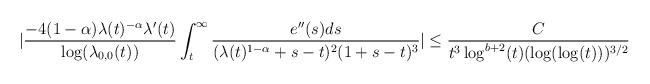
LaTeX: \begin{align*} |\frac{-4(1-\alpha) \lambda(t)^{-\alpha} \lambda'(t)}{\log(\lambda_{0,0}(t))} \int_{t}^{\infty} \frac{e''(s) ds}{(\lambda(t)^{1-\alpha}+s-t)^{2}(1+s-t)^{3}}|\leq \frac{C}{t^{3} \log^{b+2}(t) (\log(\log(t)))^{3/2}}\end{align*}